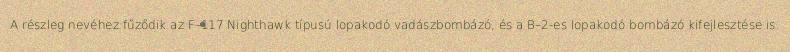
A részleg nevéhez fűződik az F–117 Nighthawk típusú lopakodó vadászbombázó, és a B–2-es lopakodó bombázó kifejlesztése is.